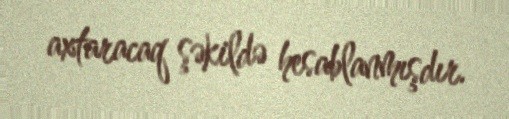
axtaracaq şəkildə hesablanmışdır.